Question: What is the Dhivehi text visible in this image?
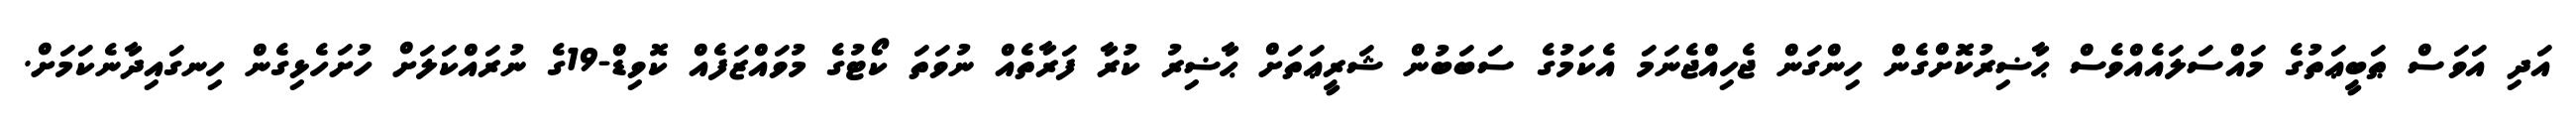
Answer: އަދި އަވަސް ޠަބީޢަތުގެ މައްސަލައެއްވެސް ޙާޟިރުކޮށްގެން ހިންގަން ޖެހިއްޖެނަމަ އެކަމުގެ ސަބަބުން ޝަރީޢަތަށް ޙާޟިރު ކުރާ ފަރާތެއް ނުވަތަ ކޯޓުގެ މުވައްޒަފެއް ކޮވިޑް-19ގެ ނުރައްކަލަށް ހުށަހެޅިގެން ހިނގައިދާނެކަމަށް.